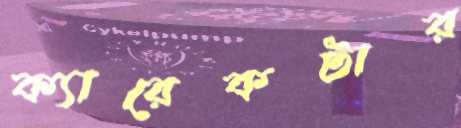
ক্যারেকটার